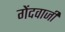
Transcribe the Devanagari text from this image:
गेंदवाजी